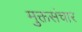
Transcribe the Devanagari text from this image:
मुक्तसंचार